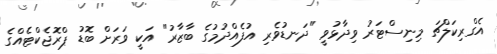
އެގްރިކަލްޗަ މިނިސްޓަރު ވިދާޅުވީ "ދަނޑުވެރި އުފެއްދުމުގެ ބާޒާރު" އަކީ ވަރަށް ބޮޑު ޕްރޮޖެކްޓެއްގެ